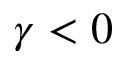
\gamma < 0